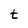
Character: t